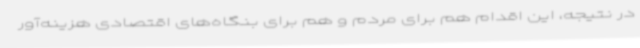
در نتیجه، این اقدام هم برای مردم و هم برای بنگاه‌های اقتصادی هزینه‌آور